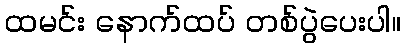
ထမင်း နောက်ထပ် တစ်ပွဲပေးပါ။